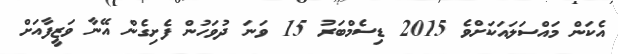
އެކަން މައްސަލައަކަށްވެ 2015 ޑިސެމްބަރު 15 ވަނަ ދުވަހުން ފެށިގެން އޭނާ ވަޒީފާއަށް